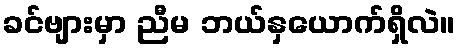
ခင်ဗျားမှာ ညီမ ဘယ်နှယောက်ရှိလဲ။